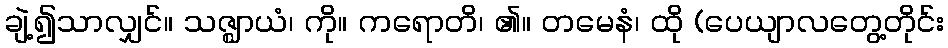
ချဲ့၍သာလျှင်။ သဇ္ဈာယံ၊ ကို။ ကရောတိ၊ ၏။ တမေနံ၊ ထို (ပေယျာလတွေ့တိုင်း